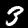
Label: 3